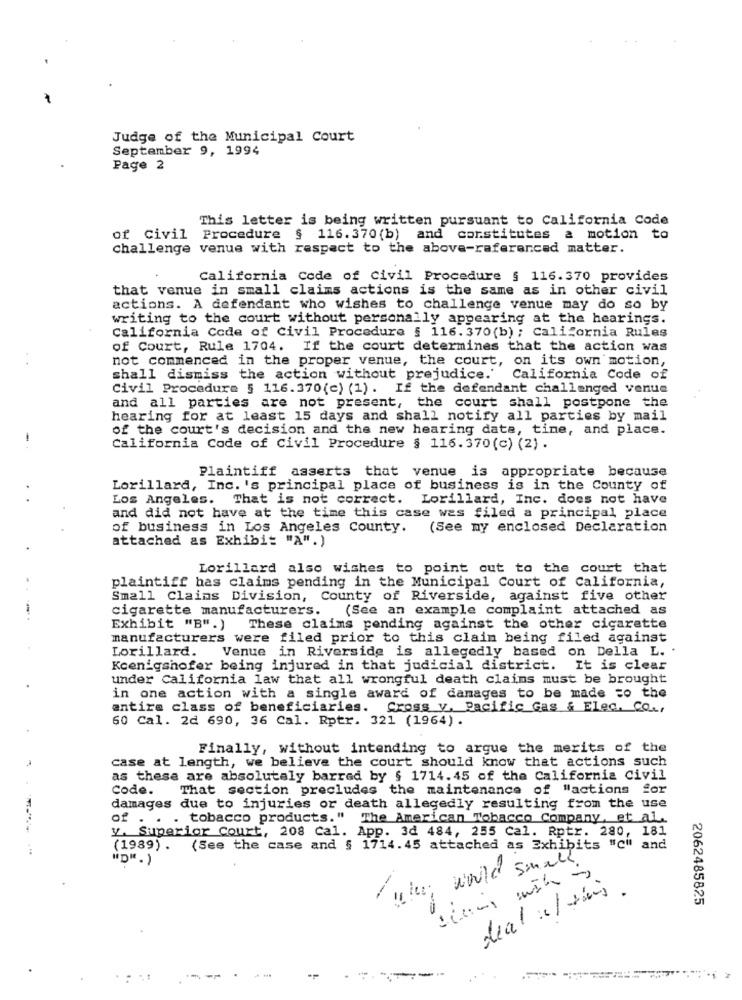
Judge of the Municipal Court
September 9, 1994
Page 2
This letter is being written pursuant to California Code
of Civil Procedure § 116.370(b) and constitutes a motion to
challenge venue with respect to the above-referenced matter.
California Code of Civil Procedure § 116.370 provides
that venue in small claims actions is the same as in other civil
actions. A defendant who wishes to challenge venue may do so by
writing to the court without personally appearing at the hearings.
California Code of Civil Procedure § 116.370(b) ; California Rules
of Court, Rule 1704. If the court determines that the action was
not commenced in the proper venue, the court, on its own motion,
shall dismiss the action without prejudice.'
California Code of
Civil Procedure § 116.370(c) (1). If the defendant challenged venue
and all parties are not present, the court shall postpone the
hearing for at least 15 days and shall notify all parties by mail
of the court's decision and the new hearing date, time, and place.
California Code of Civil Procedure § 116.370(c) (2) .
Plaintiff asserts that venue is appropriate because
Lorillard, Inc. 's principal place of business is in the County of
Los Angeles. That is not correct. Lorillard, Inc. does not have
and did not have at the time this case was filed a principal place
of business in Los Angeles County. (See my enclosed Declaration
attached as Exhibit "A".)
Lorillard also wishes to point out to the court that
plaintiff has claims pending in the Municipal Court of California,
Small Claims Division, County of Riverside, against five other
cigarette manufacturers. (See an example complaint attached as
Exhibit "B".)
These claims pending against the other cigarette
manufacturers were filed prior to this claim being filed against
Venue in Riverside is allegedly based on Della L. .
Lorillard.
Koenigshofer being injured in that judicial district. It is clear
under California law that all wrongful death claims must be brought
in one action with a single award of damages to be made to the
entire class of beneficiaries. Cross y. Pacific Gas & Elec, Co .,
60 Cal. 2d 690, 36 Cal. Rptr. 321 (1964).
Finally, without intending to argue the merits of the
case at length, we believe the court should know that actions such
as these are absolutely barred by $ 1714.45 of the California Civil
Code.
That section precludes the maintenance of "actions for
damages due to injuries or death allegedly resulting from the use
of . . . tobacco products." The American Tobacco Company, et al.
v. Superior Court, 208 Cal. App. 3d 484, 255 Cal. Rptr. 280, 181
(1989). (See the case and § 1714.45 attached as Exhibits "c" and
"D". )
would smell.
deal :/sis.
2062485825